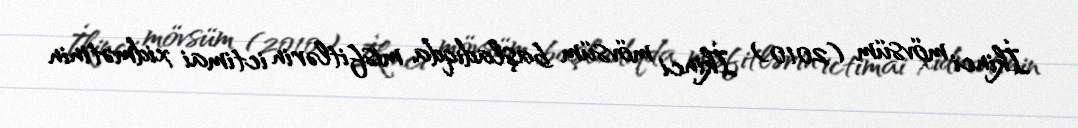
İkinci mövsüm (2010) İkinci mövsüm başladıqda misfitlərin ictimai xidmətinin